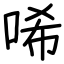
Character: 唏